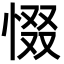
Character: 惙